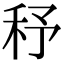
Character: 𥝱